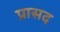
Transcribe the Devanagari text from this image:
प्रासद